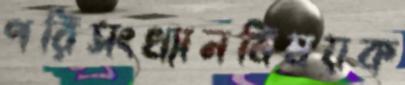
পরিসংখ্যানবিষয়ক